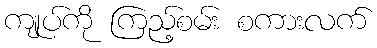
ကျုပ်ကို ကြည့်စမ်း စကားလက်